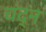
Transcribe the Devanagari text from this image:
चंद्न